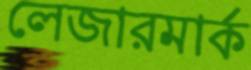
লেজারমার্ক